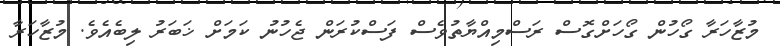
މުޒާހަރާ ގޯހުން ގޯހަށްގޮސް ރަސްމިއްޔާތުވެސް ފަސްކުރަން ޖެހުނު ކަމަށް ޚަބަރު ލިބެއެވެ. މުޒާހަރާ